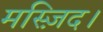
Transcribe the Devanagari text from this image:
मस्ज़िद।